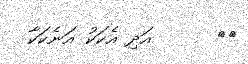
٢٥      އަދި އެކަކު އަނެކަކާ